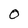
Character: O